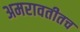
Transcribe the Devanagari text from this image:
अमरावतीतच